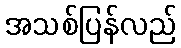
အသစ်ပြန်လည်